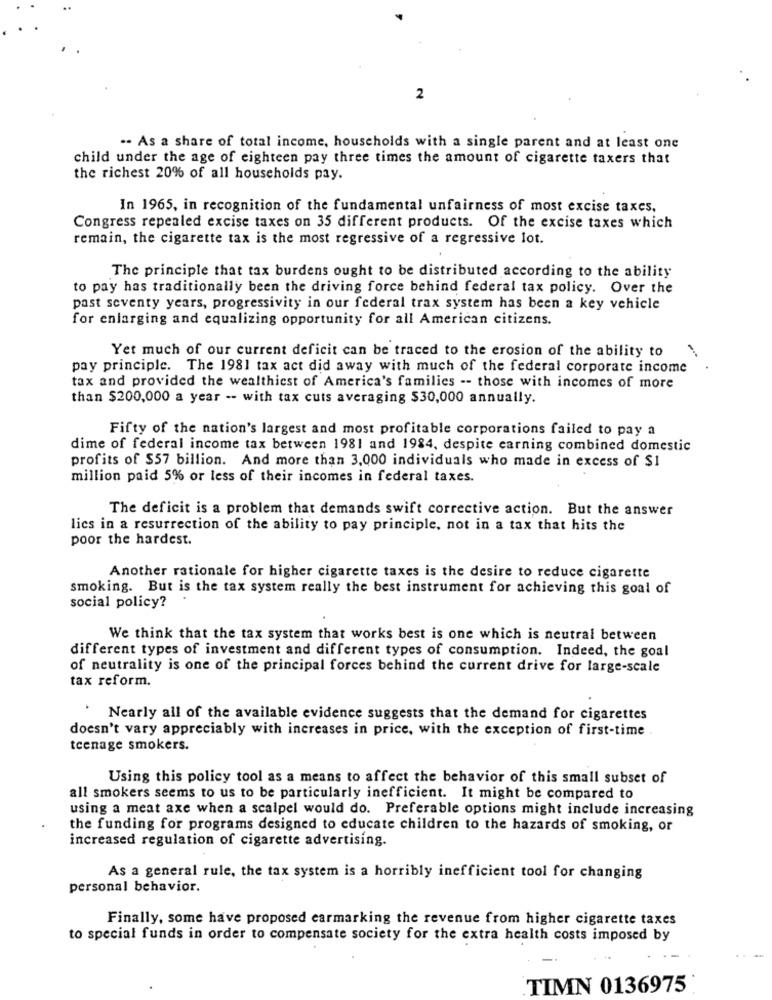
2
.. As a share of total income, households with a single parent and at least one
child under the age of eighteen pay three times the amount of cigarette taxers that
the richest 20% of all households pay.
In 1965, in recognition of the fundamental unfairness of most excise taxes.
Congress repealed excise taxes on 35 different products. Of the excise taxes which
remain, the cigarette tax is the most regressive of a regressive lot.
The principle that tax burdens ought to be distributed according to the ability
to pay has traditionally been the driving force behind federal tax policy. Over the
past seventy years, progressivity in our federal trax system has been a key vehicle
for enlarging and equalizing opportunity for all American citizens.
Yet much of our current deficit can be traced to the erosion of the ability to
pay principle. The 1981 tax act did away with much of the federal corporate income
tax and provided the wealthiest of America's families -- those with incomes of more
than $200,000 a year -- with tax cuts averaging $30,000 annually.
Fifty of the nation's largest and most profitable corporations failed to pay a
dime of federal income tax between 1981 and 1984, despite earning combined domestic
profits of $57 billion. And more than 3,000 individuals who made in excess of $1
million paid 5% or less of their incomes in federal taxes.
The deficit is a problem that demands swift corrective action. But the answer
lics in a resurrection of the ability to pay principle, not in a tax that hits the
poor the hardest.
Another rationale for higher cigarette taxes is the desire to reduce cigarette
smoking. But is the tax system really the best instrument for achieving this goal of
social policy?
We think that the tax system that works best is one which is neutral between
different types of investment and different types of consumption. Indeed, the goal
of neutrality is one of the principal forces behind the current drive for large-scale
tax reform.
` Nearly all of the available evidence suggests that the demand for cigarettes
doesn't vary appreciably with increases in price, with the exception of first-time
teenage smokers.
Using this policy tool as a means to affect the behavior of this small subset of
all smokers seems to us to be particularly inefficient. It might be compared to
using a meat axe when a scalpel would do. Preferable options might include increasing
the funding for programs designed to educate children to the hazards of smoking, or
increased regulation of cigarette advertising.
As a general rule, the tax system is a horribly inefficient tool for changing
personal behavior.
Finally, some have proposed carmarking the revenue from higher cigarette taxes
to special funds in order to compensate society for the extra health costs imposed by
TIMN 0136975